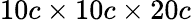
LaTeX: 10c\times 10c\times 20c